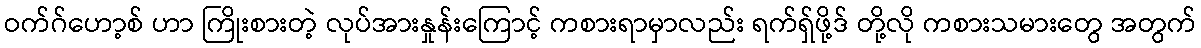
ဝက်ဂ်ဟော့စ် ဟာ ကြိုးစားတဲ့ လုပ်အားနှုန်းကြောင့် ကစားရာမှာလည်း ရက်ရှ်ဖို့ဒ် တို့လို ကစားသမားတွေ အတွက်